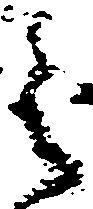
之